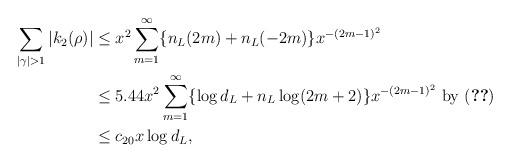
LaTeX: \begin{align*} \sum_{|\gamma|>1} |k_2(\rho)| &\leq x^2 \sum_{m=1}^{\infty} \{n_L(2m)+n_L(-2m)\} x^{-(2m-1)^2} \\ &\leq 5.44 x^2 \sum_{m=1}^{\infty} \{\log d_L + n_L \log (2m+2)\} x^{-(2m-1)^2} {\mbox{ by (\ref{nLt-WithoutGRHShort})}} \\ &\leq c_{20} x \log d_L,\end{align*}